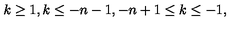
\: k \geq 1 , k \leq - n - 1 , - n + 1 \leq k \leq - 1 , \: